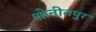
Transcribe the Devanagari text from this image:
शोनीतपुर